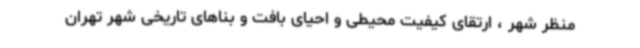
منظر شهر ، ارتقای کیفیت محیطی و احیای بافت و بناهای تاریخی شهر تهران